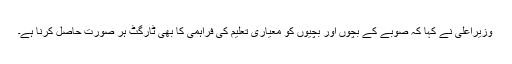
وزیراعلیٰ نے کہا کہ صوبے کے بچوں اور بچیوں کو معیاری تعلیم کی فراہمی کا بھی ٹارگٹ ہر صورت حاصل کرنا ہے۔